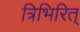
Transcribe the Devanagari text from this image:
त्रिभिरित्